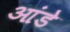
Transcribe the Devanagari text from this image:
आंडे